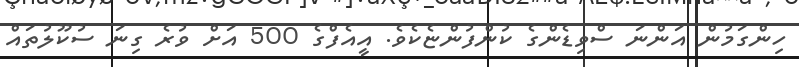
ހިންގަމުން އަންނަ ސްވިޑެންގެ ކުންފުންޏެކެވެ. އީއެފްގެ 500 އަށް ވުރެ ގިނަ ސުކޫލުތައް